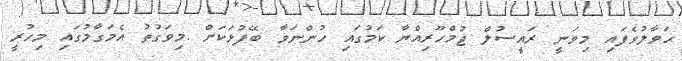
ޙަވާލުވެފައި މިވަނީ ރައީސުލް ޖުމްހޫރިއްޔާ ކަމުގައި ހުންނަވާ ބޭފުޅަކަށް .މިވަގުތު އެމަގާމުގައި މިހުރީ